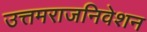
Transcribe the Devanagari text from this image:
उत्तमराजनिवेशन